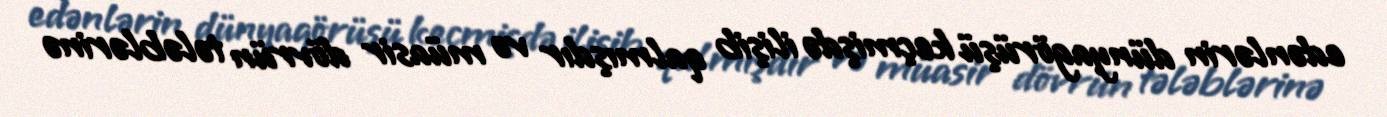
edənlərin dünyagörüşü keçmişdə ilişib qalmışdır və müasir dövrün tələblərinə